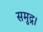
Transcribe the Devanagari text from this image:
समुद्र।